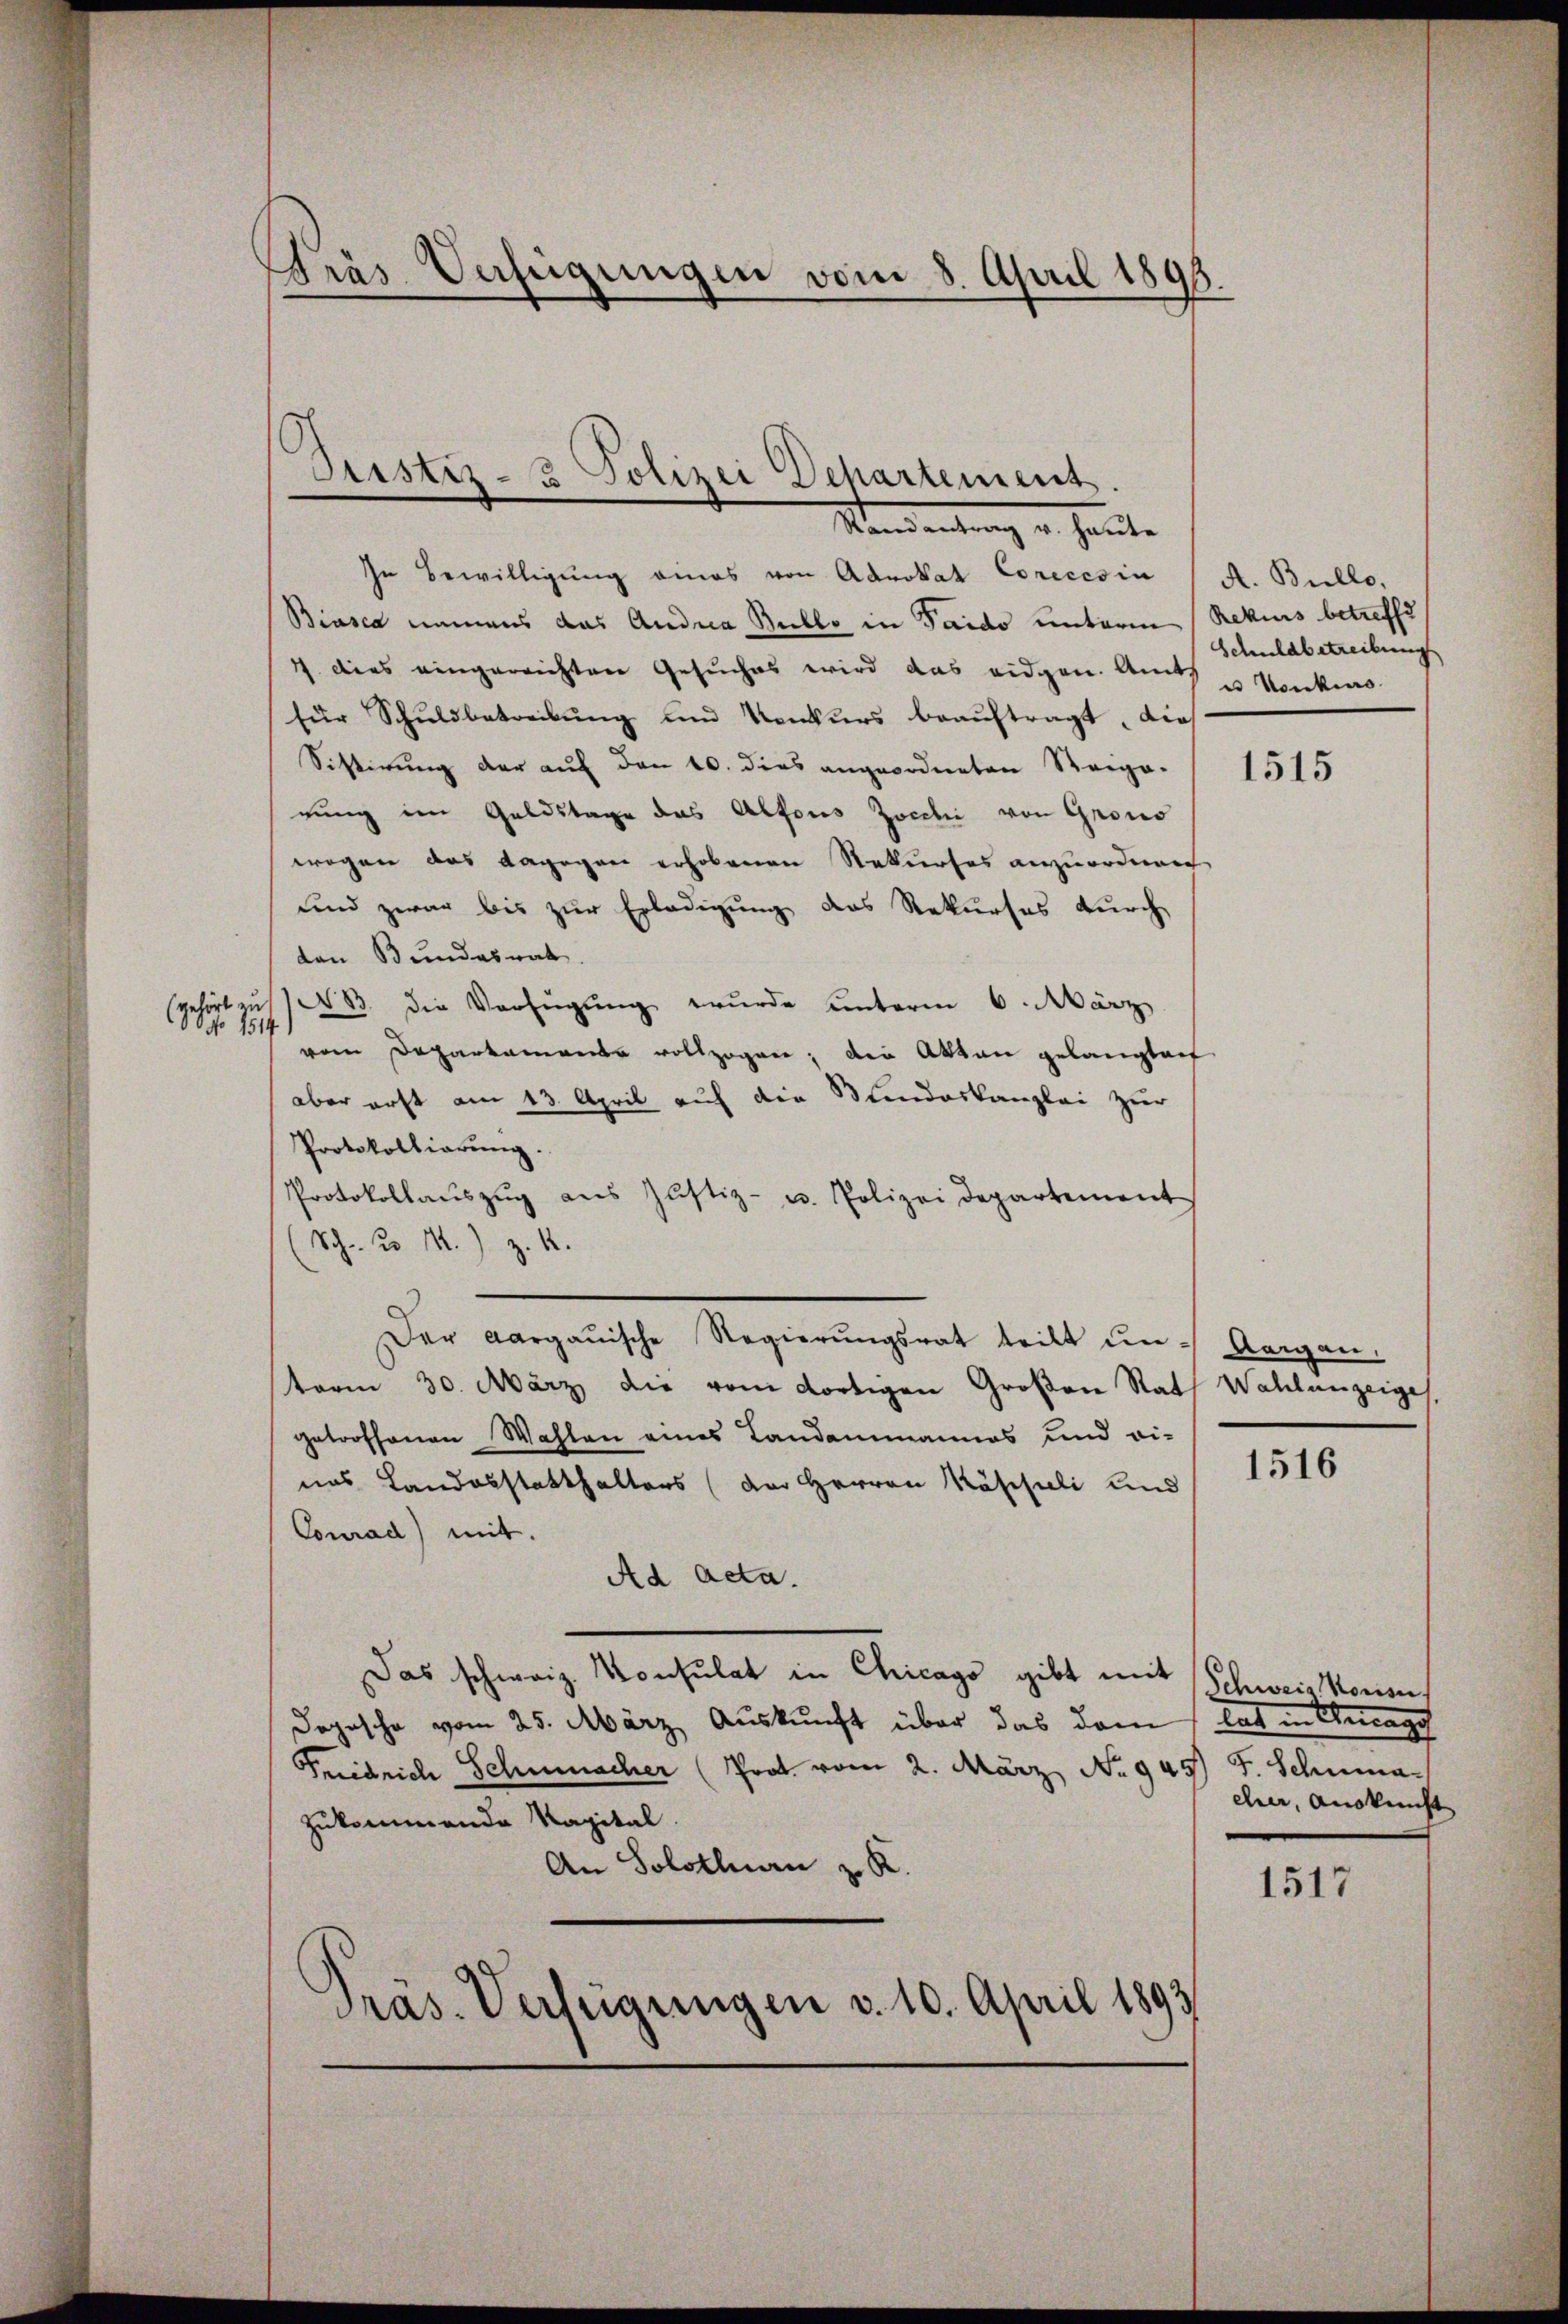
S. 1817.

Gras Unfeigungen vom 8. April 1893.

In Bewilligung eines von Advokat Corecesia (A. Bullo,
Biasca niemans das Andria Bullo in Taido unterm Rekurs betreffe
1 dies eingereichten Gesuches wird das eidgen. Am u Konkurs
für Schuldbetreibung und Konkurs beauftragt, dies
Sistirung der auf den 10. dies angeordneten Steego-
gung im Goldstage das Alfons Zocchi von Grono
wogen das dagegen erhobenen Rekurses anzuordnen
und zwar bis zur Erledigung des Rekurses durch
den Bundesrat
irt aus N. 13. die Verfügung wurde unterm 6. März
vom Departament vollzogen; die Akten gelangte f
aber erst am 13. April auf die Stundeskanzlei zur
Protokollierung.
Protokollaŭszŭg aŭs Justiz- u. Polizei departement
(Sch. u 1.) Z. 4.
Der Aargauische Regierungsrat teilt und Aargau,
term 30. März die vom dortigen Großen Rat Wahlanzeiges,
getroffenen Wahlen eines Landammannos und ei-
nas Landosstatthalters (der Herren Käspieli und
Conrad) mit.
Ad acta.
Das schweiz. Konsulat in Chicago gibt mit
Dopische vom 25. März Auskunft über das dem lat in Anreg
Friedrich Schmacher (Prot. vom 2. März No 945 J. Schuma-
zukommende Kapital.
An Solothurn z. R.
Pras-Verfügungen v. 10. April 1893

Justiz- & Polizei Departement.
Mandantung u. heute

Schuldbetreibung

1515

1516

Schweis Konsu
cher, Auskunft

1517